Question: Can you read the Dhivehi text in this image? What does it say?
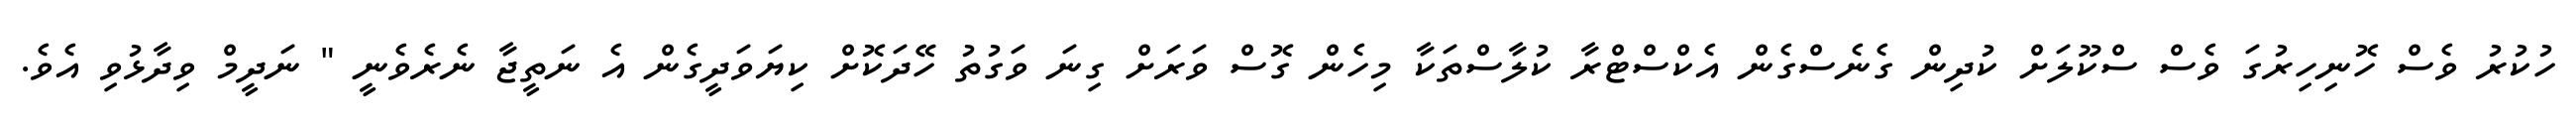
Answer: ހުކުރު ވެސް ހޮނިހިރުގަ ވެސް ސްކޫލަށް ކުދިން ގެނެސްގެން އެކްސްޓްރާ ކުލާސްތަކާ މިހެން ގޮސް ވަރަށް ގިނަ ވަގުތު ހޭދަކޮށް ކިޔަވަދީގެން އެ ނަތީޖާ ނެރެވެނީ " ނަދީމް ވިދާޅުވި އެވެ.